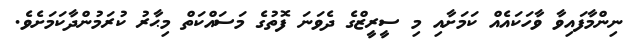
ނިންމާފައިވާ ވާހަކައެއް ކަމަށާއި މި ސީރީޒްގެ ދެވަނަ ފޮތުގެ މަސައްކަތް މިޙާރު ކުރަމުންދާކަމަށެވެ.